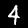
Digit: 4